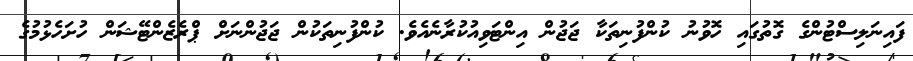
ފައިނަލިސްޓުންގެ ގޮތުގައި ހޮވުނު ކުންފުނިތަކާ ޖަޖުން އިންޓަވިއުކުރާނެއެވެ. ކުންފުނިތަކުން ޖަޖުންނަށް ޕްރެޒެންޓޭޝަން ހުށަހެޅުމުގެ